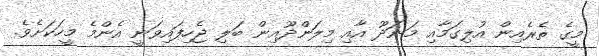
މީގެ ތެރެއިން އުލިގަމާއި މަނަދޫ އާއި މިލަންދޫއިން ބަލި ޖެހިފައިވަނީ އެންމެ މީހަކަށެވެ.